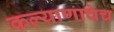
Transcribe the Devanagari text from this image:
कल्याणाचेच